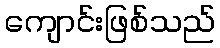
ကျောင်းဖြစ်သည်